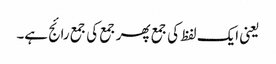
یعنی ایک لفظ کی جمع پھر جمع کی جمع رائج ہے۔